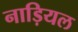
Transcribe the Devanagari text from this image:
नाड़ियल